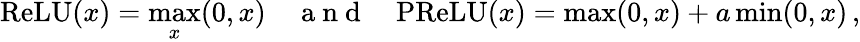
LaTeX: \mathrm{ReLU}(x)=\operatorname*{max}_{x}(0,x)\quad\mathrm{~a~n~d~}\quad\mathrm{PReLU}(x)=\operatorname*{max}(0,x)+a\operatorname*{min}(0,x)\, ,